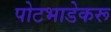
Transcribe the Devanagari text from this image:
पोटभाडेकरू